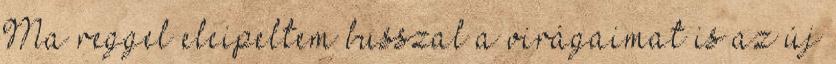
Ma reggel elcipeltem busszal a virágaimat is az új